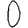
Digit: 0